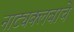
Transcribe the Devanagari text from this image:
नाट्यक्लबाचे